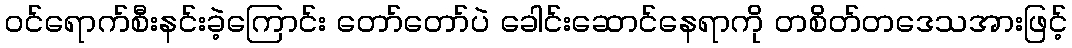
ဝင်ရောက်စီးနင်းခဲ့ကြောင်း တော်တော်ပဲ ခေါင်းဆောင်နေရာကို တစိတ်တဒေသအားဖြင့်